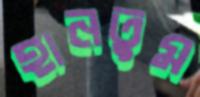
হানতুম